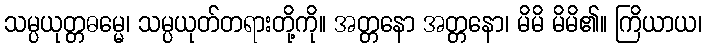
သမ္ပယုတ္တဓမ္မေ၊ သမ္ပယုတ်တရားတို့ကို။ အတ္တနော အတ္တနော၊ မိမိ မိမိ၏။ ကြိယာယ၊